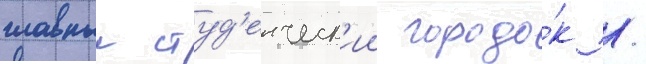
главныи студ'енческ'ии городо́к /